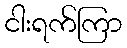
ငါးရက်ကြာ